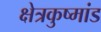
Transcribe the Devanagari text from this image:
क्षेत्रकुष्मांड